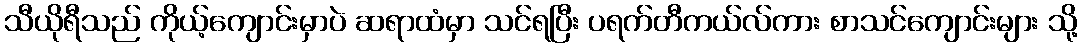
သီယိုရီသည် ကိုယ့်ကျောင်းမှာပဲ ဆရာထံမှာ သင်ရပြီး ပရက်တီကယ်လ်ကား စာသင်ကျောင်းများ သို့